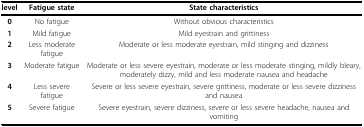
| level | Fatigue state | State characteristics |
 | --- | --- | --- |
 | 0 | No fatigue | Without obvious characteristics |
 | 1 | Mild fatigue | Mild eyestrain and grittiness |
 | 2 | Less moderate fatigue | Moderate or less moderate eyestrain, mild stinging and dizziness |
 | 3 | Moderate fatigue | Moderate or less severe eyestrain, moderate or less moderate stinging, mildly bleary, moderately dizzy, mild and less moderate nausea and headache |
 | 4 | Less severe fatigue | Severe or less severe eyestrain, severe grittiness, moderate or less severe dizziness and nausea |
 | 5 | Severe fatigue | Severe eyestrain, severe dizziness, severe or less severe headache, nausea and vomiting |